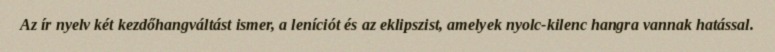
Az ír nyelv két kezdőhangváltást ismer, a leníciót és az eklipszist, amelyek nyolc-kilenc hangra vannak hatással.